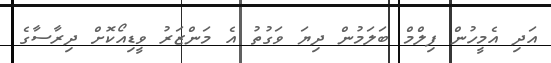
އަދި އެމީހުން ފިލްމް ބަލަމުން ދިޔަ ވަގުތު އެ މަންޒަރު ވީޑިއޯކޮށް ދިރާސާގެ